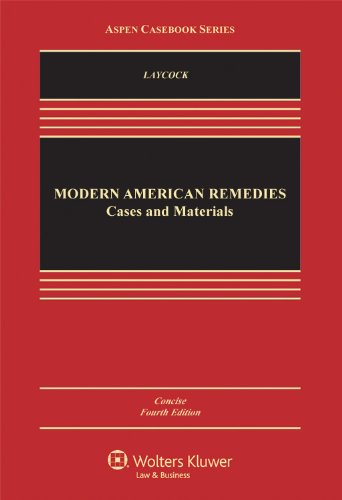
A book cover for Modern American Remedies: Cases and Materials, Concise Fourth Edition (Aspen Casebook Series); Douglas Laycock; Law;